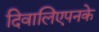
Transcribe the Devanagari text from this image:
दिवालिएपनके